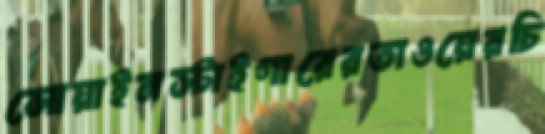
সোয়াইনস্টাইগারেরতাওয়েরচি